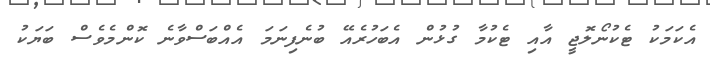
އެކަމަކު ޓެކުނޯލޮޖީ އާއި ޓެކުމާ ގުޅުން އެބަހުރެއޭ ބުނެފިނަމަ އެއްބަސްވާނެ ކޮންމެވެސް ބަޔަކު